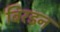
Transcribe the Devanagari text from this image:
बिरडन